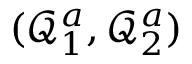
( \mathcal { Q } _ { 1 } ^ { a } , \mathcal { Q } _ { 2 } ^ { a } )